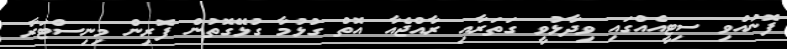
ފޮނުއްވި ސިޓީއެއްގައި ވިދާޅުވީ ގަތަރާއި ރާއްޖެއާ އޮތް ގުޅުމާ ގުޅޭގޮތުން ފޮރިން މިނިސްޓަރާ